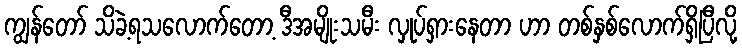
ကျွန်တော် သိခဲ့ရသလောက်တော့ ဒီအမျိုးသမီး လှုပ်ရှားနေတာ ဟာ တစ်နှစ်လောက်ရှိပြီလို့